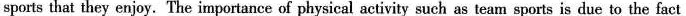
sports that they enjoy. The importance of physical activity such as team sports is due to the fact